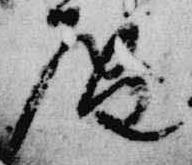
庵